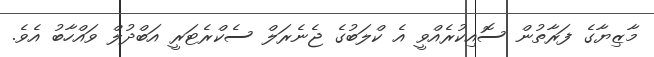
މާޒިޔާގެ ފަރާތުން ސޮއިކުރެއްވީ އެ ކްލަބުގެ ޖެނެރަލް ސެކްރެޓަރީ އަބްދުލް ވައްހާބު އެވެ.